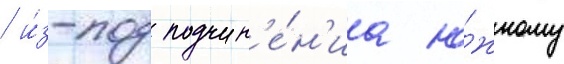
/ и́з-под подчин'е́н'иа ю́жному